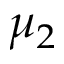
\mu _ { 2 }